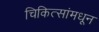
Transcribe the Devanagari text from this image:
चिकित्सांमधून